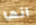
انها